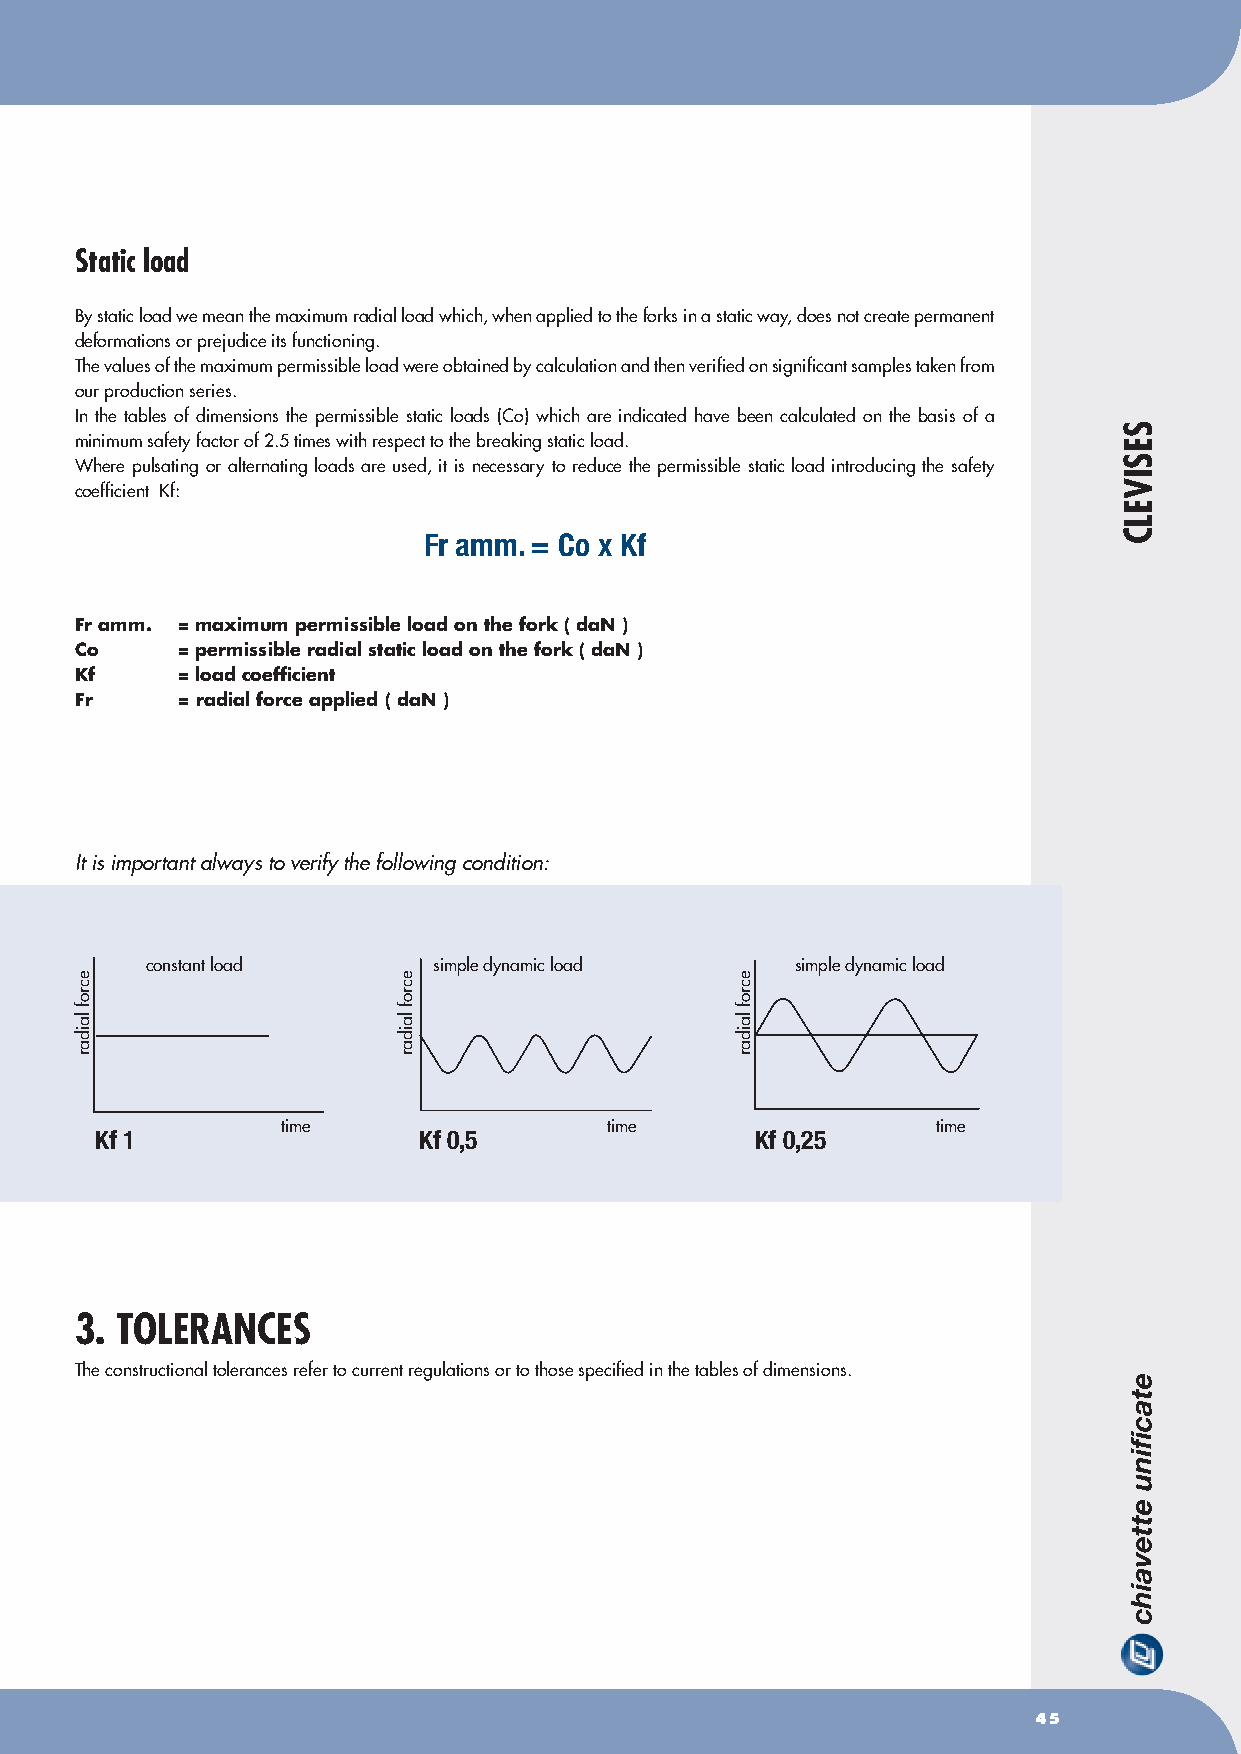
Static load
 By static load we mean the maximum radial load which, when applied to the forks in a static way, does not create permanent
 deformations or prejudice its functioning.
 The values of the maximum permissible load were obtained by calculation and then verified on significant samples taken from
 our production series.
 In the tables of dimensions the permissible static loads (Co) which are indicated have been calculated on the basis of a
 minimum safety factor of 2.5 times with respect to the breaking static load.
 Where pulsating or alternating loads are used, it is necessary to reduce the permissible static load introducing the safety
 coefficient Kf:
 Fr amm. = Co x Kf
 Fr amm. = maximum permissible load on the fork ( daN )
 Co     = permissible radial static load on the fork ( daN )
 Kf     = load coefficient
 Fr     = radial force applied ( daN )
 It is important always to verify the following condition:
 constant load      simple dynamic load     simple dynamic load
 time                 time                  time
 Kf 1                  Kf 0,5                Kf 0,25
 3. TOLERANCES
 The constructional tolerances refer to current regulations or to those specified in the tables of dimensions.
 45
 ecrof
 laidar
 ecrof
 laidar
 ecrof
 laidar
 SESIVELC